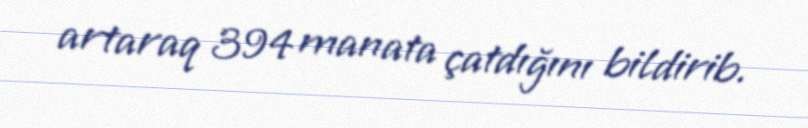
artaraq 394 manata çatdığını bildirib.